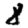
Digit: 8